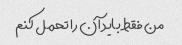
من فقط باید آن را تحمل کنم